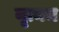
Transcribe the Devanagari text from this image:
नृत्यच